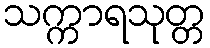
သက္ကာရသုတ္တ